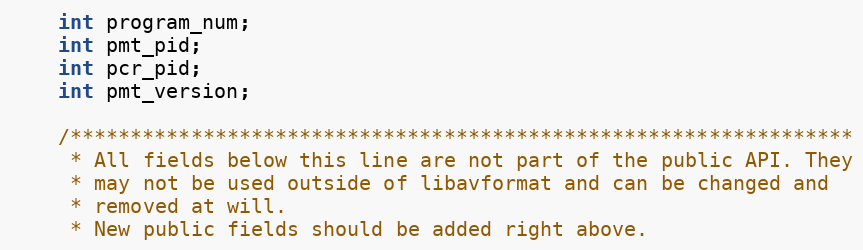
Language: C
    int program_num;
    int pmt_pid;
    int pcr_pid;
    int pmt_version;

    /*****************************************************************
     * All fields below this line are not part of the public API. They
     * may not be used outside of libavformat and can be changed and
     * removed at will.
     * New public fields should be added right above.